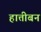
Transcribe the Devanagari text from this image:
हात्तीबन